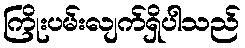
ကြိုးပမ်းလျက်ရှိပါသည်